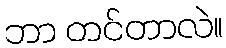
ဘာ တင်တာလဲ။